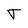
Character: T